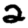
Digit: 2